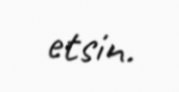
etsin.